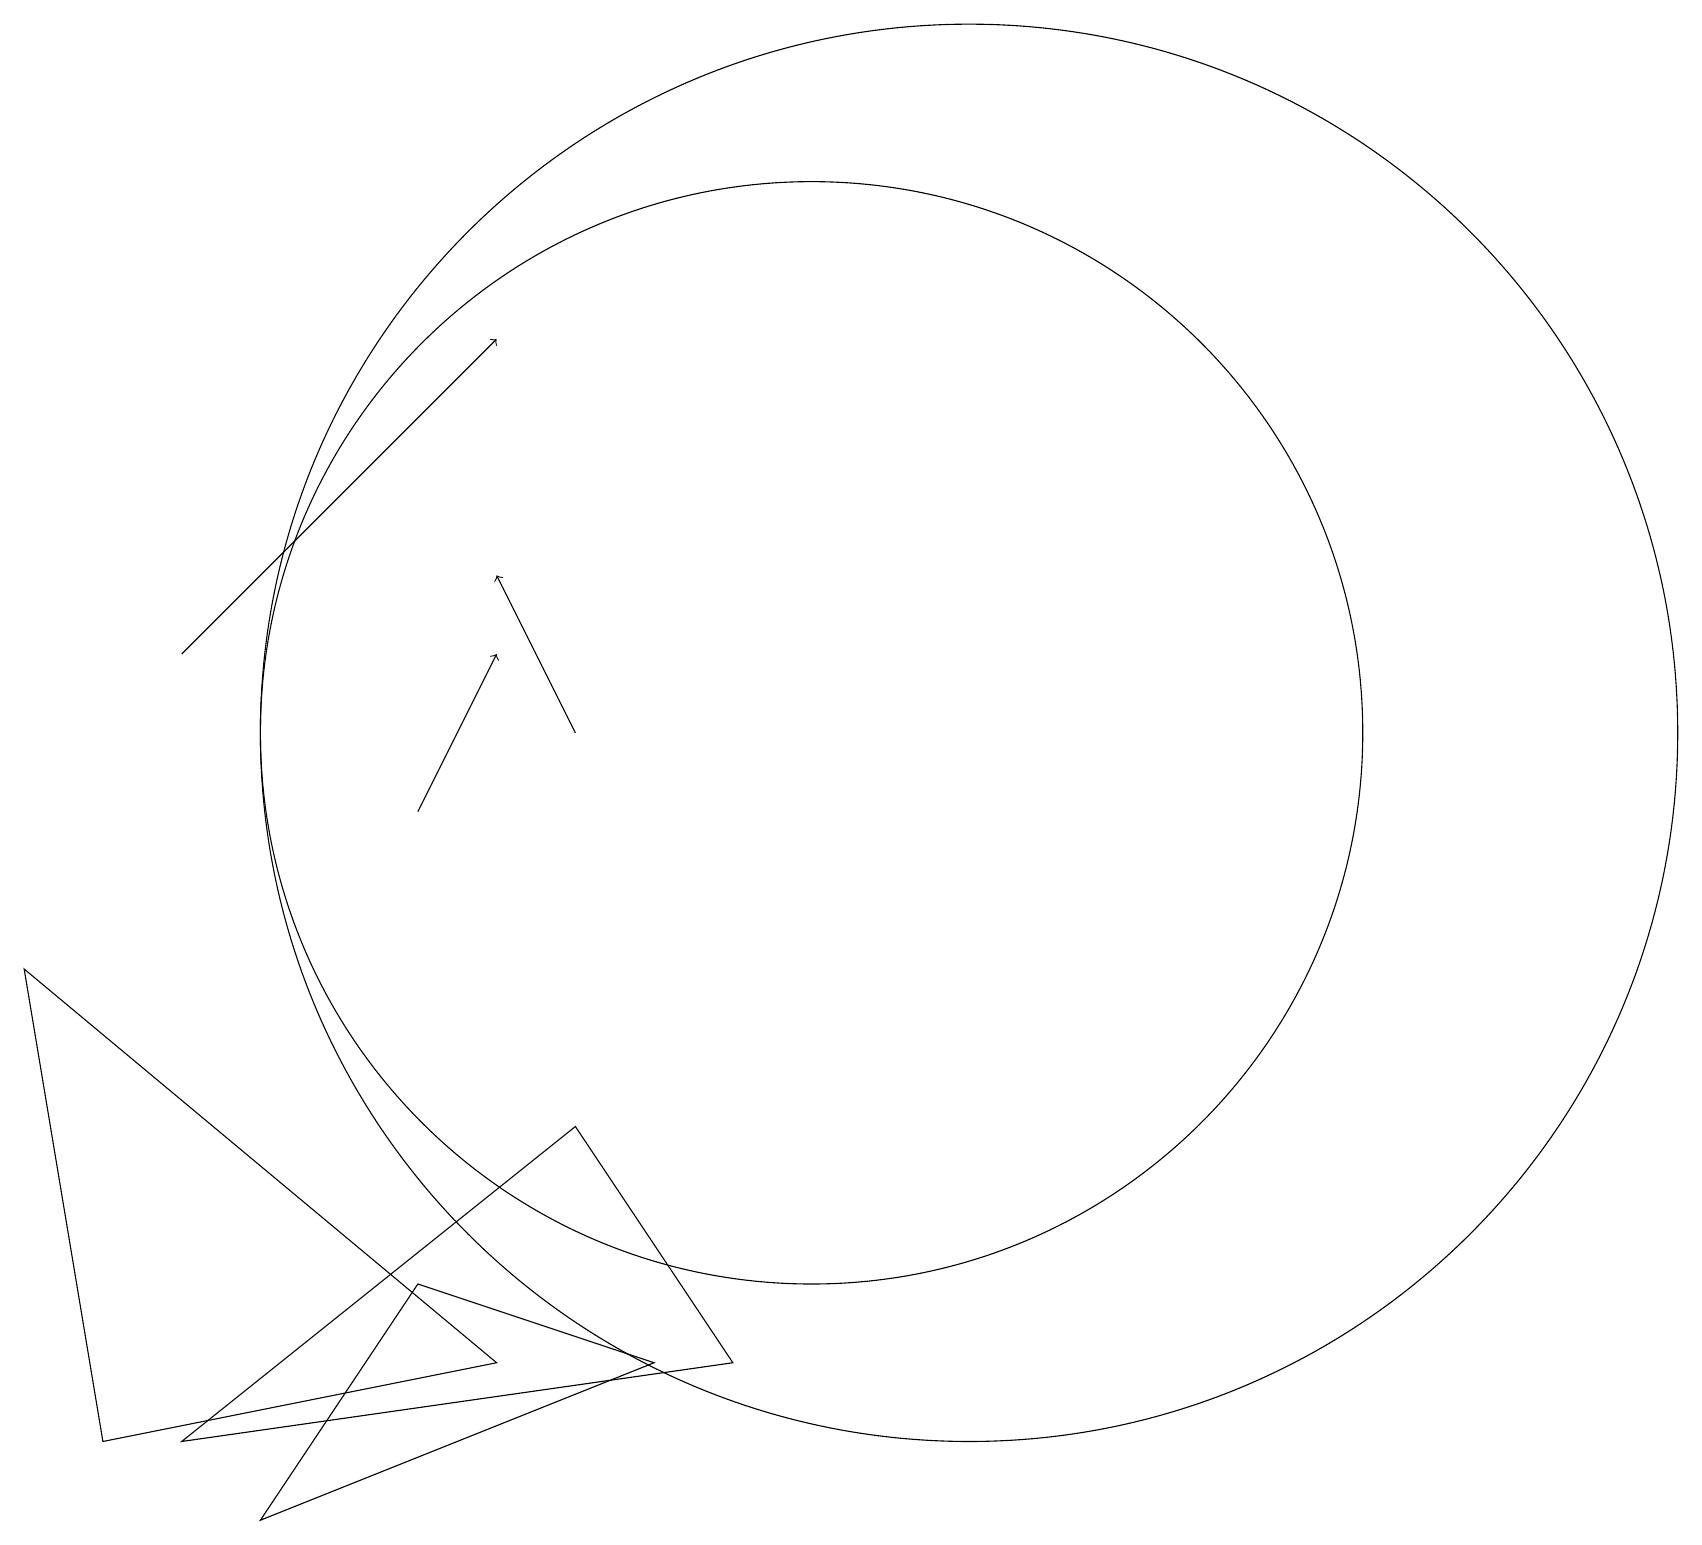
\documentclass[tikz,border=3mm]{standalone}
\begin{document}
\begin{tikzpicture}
\draw[->] (2,12) -- (6,16);
\draw (5,4) -- (8,3) -- (3,1) -- cycle;
\draw (6,3) -- (0,8) -- (1,2) -- cycle;
\draw[->] (7,11) -- (6,13);
\draw (12,11) circle (9);
\draw[->] (5,10) -- (6,12);
\draw (7,6) -- (9,3) -- (2,2) -- cycle;
\draw (10,11) circle (7);
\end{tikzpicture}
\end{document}